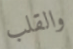
والقلب